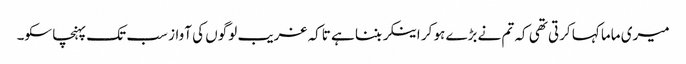
میری ماما کہا کرتی تھی کہ تم نے بڑے ہو کر اینکر بننا ہے تاکہ غریب لوگوں کی آواز سب تک پہنچا سکو۔